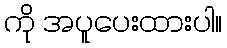
ကို အပူပေးထားပါ။